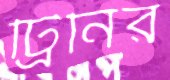
ট্রিনির